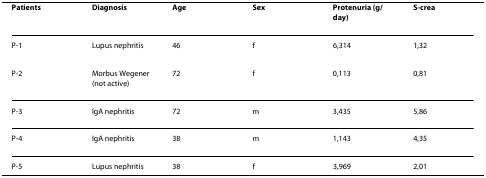
<table><thead><tr><td><b>Patients</b></td><td><b>Diagnosis</b></td><td><b>Age</b></td><td><b>Sex</b></td><td><b>Protenuria (g/day)</b></td><td><b>S-crea</b></td></tr></thead><tbody><tr><td>P-1</td><td>Lupus nephritis</td><td>46</td><td>f</td><td>6,314</td><td>1,32</td></tr><tr><td>P-2</td><td>Morbus Wegener(not active)</td><td>72</td><td>f</td><td>0,113</td><td>0,81</td></tr><tr><td>P-3</td><td>IgA nephritis</td><td>72</td><td>m</td><td>3,435</td><td>5,86</td></tr><tr><td>P-4</td><td>IgA nephritis</td><td>38</td><td>m</td><td>1,143</td><td>4,35</td></tr><tr><td>P-5</td><td>Lupus nephritis</td><td>38</td><td>f</td><td>3,969</td><td>2,01</td></tr></tbody></table>